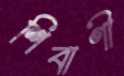
শিবাণী